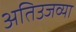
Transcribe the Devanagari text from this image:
अतिउजव्या